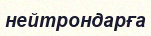
нейтрондарға